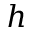
h